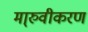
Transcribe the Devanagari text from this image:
मा्रुवीकरण